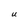
Character: U